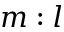
m : l